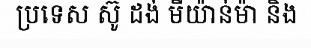
ប្រទេស ស៊ូ ដង់ មីយ៉ាន់ម៉ា និង